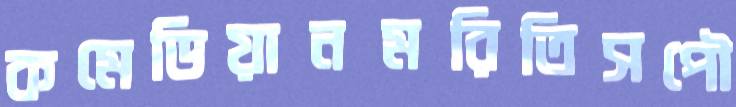
কমেডিয়ানমরিতিসপৌ